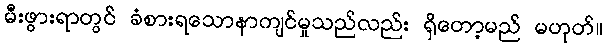
မီးဖွားရာတွင် ခံစားရသောနာကျင်မှုသည်လည်း ရှိတော့မည် မဟုတ်။